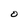
Character: O